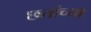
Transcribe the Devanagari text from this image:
छतांच्या